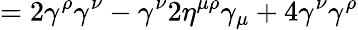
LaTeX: =2\gamma^{\rho}\gamma^{\nu}-\gamma^{\nu}2\eta^{\mu\rho}\gamma_{\mu}+4\gamma^{\nu}\gamma^{\rho}